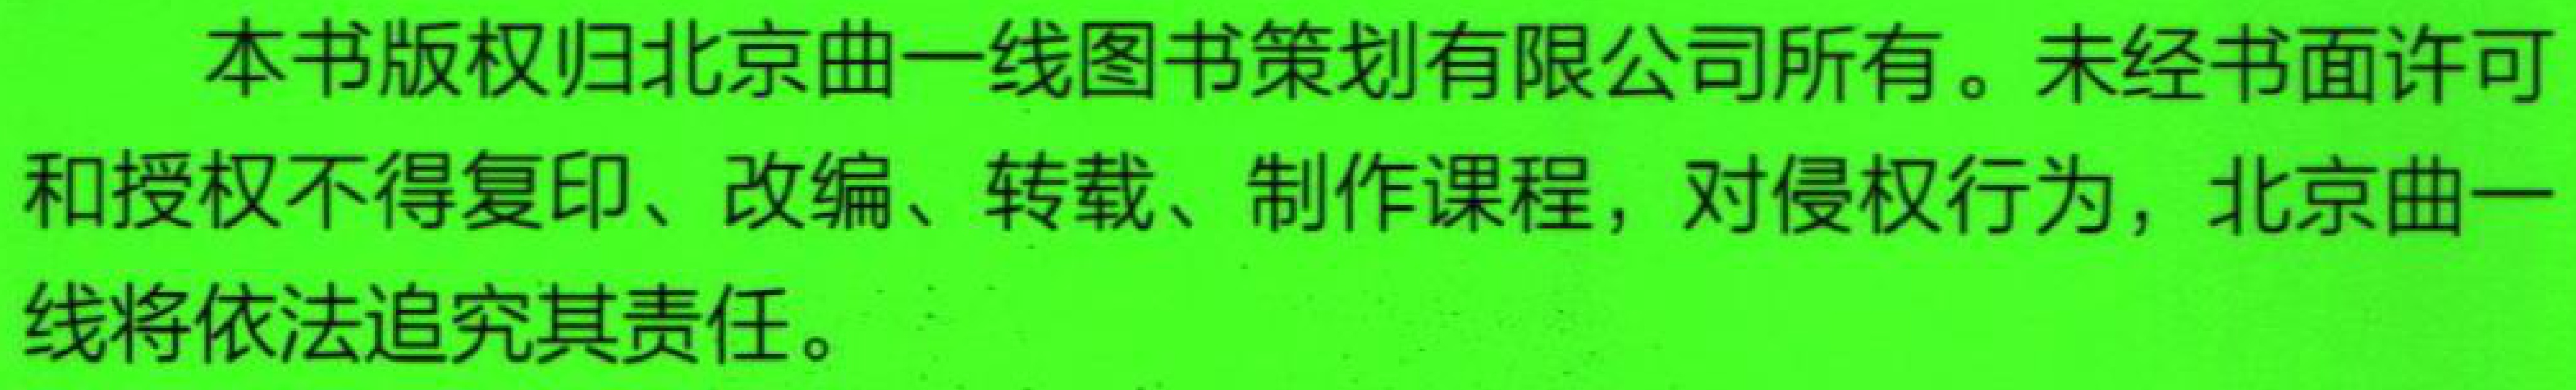
本书版权归北京曲一线图书策划有限公司所有。未经书面许可和授权不得复印、改编、转载、制作课程，对侵权行为，北京曲一线将依法追究其责任。